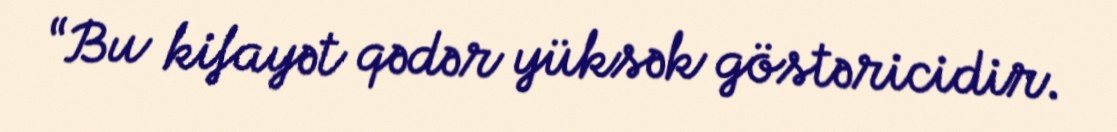
“Bu kifayət qədər yüksək göstəricidir.